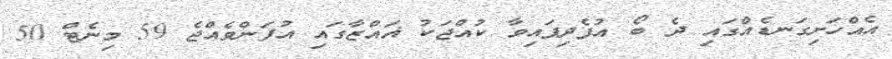
އެއްހަށިގަނޑެއްގައި ދެ ބޯ އުފެދިފައިވާ ކުއްޖަކު ޣައްޒާގައި އުފަންވެއްޖެ 59 މިނެޓް 50